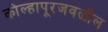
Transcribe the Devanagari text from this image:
कोल्हापूरजवळील